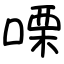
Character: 㗚